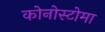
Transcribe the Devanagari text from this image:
कोनोस्टोमा